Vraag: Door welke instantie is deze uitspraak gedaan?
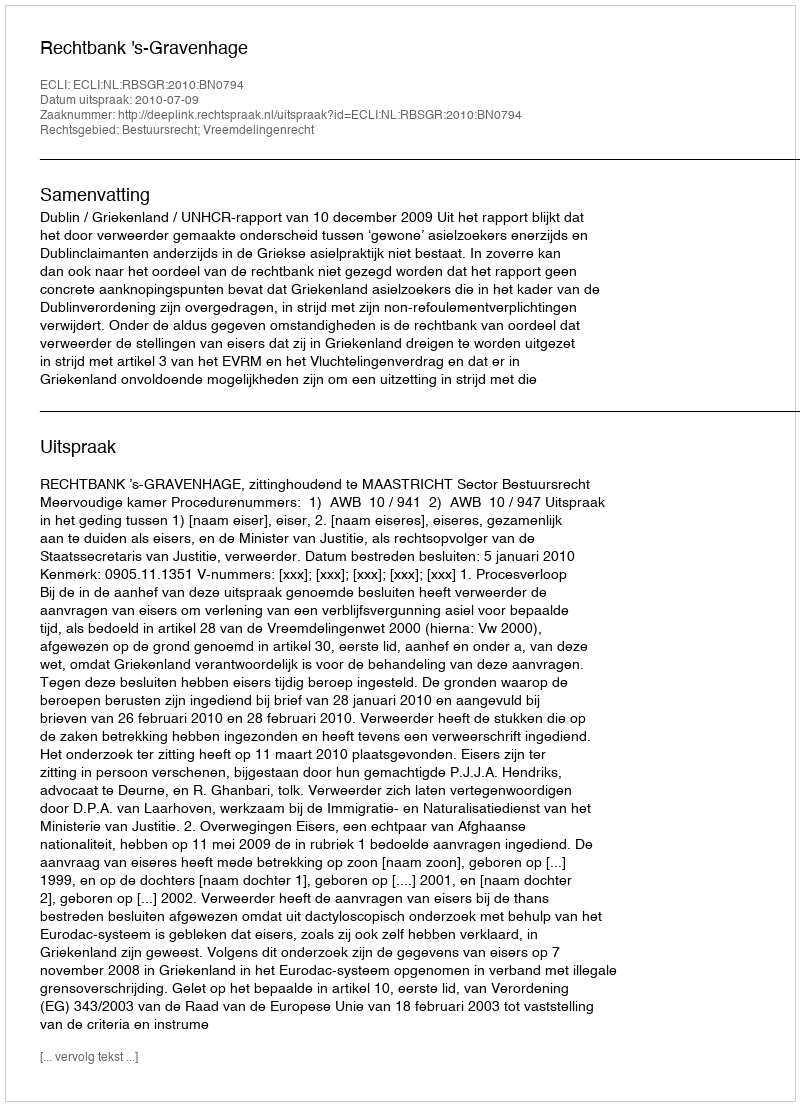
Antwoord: Rechtbank 's-Gravenhage